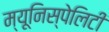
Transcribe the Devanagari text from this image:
म्यूनिस्पेलिटी